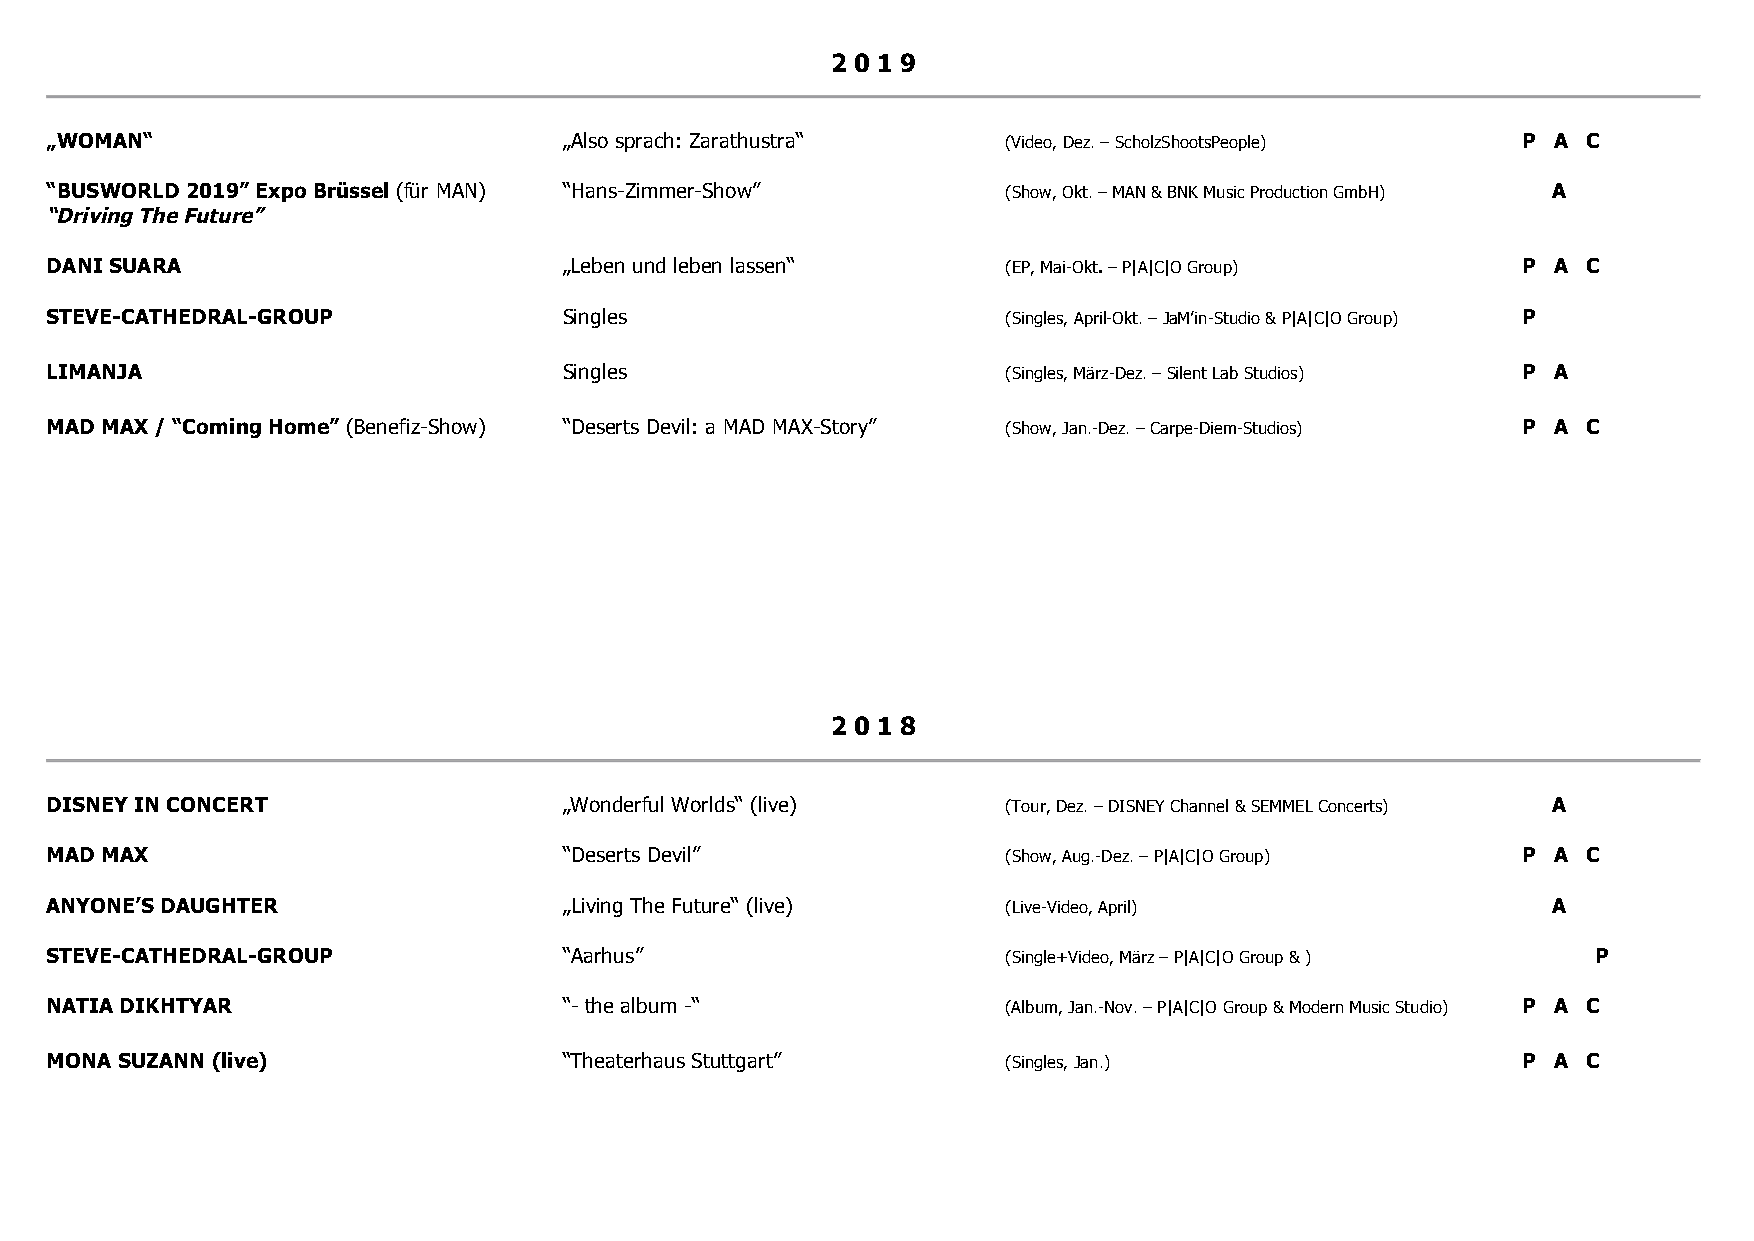
2 0 1 9
 „WOMAN“                           „Also sprach: Zarathustra“    (Video, Dez. – ScholzShootsPeople) P A C
 “BUSWORLD 2019” Expo Brüssel (für MAN) “Hans-Zimmer-Show”       (Show, Okt. – MAN & BNK Music Production GmbH) A
 “Driving The Future”
 DANI SUARA                        „Leben und leben lassen“      (EP, Mai-Okt. – P|A|C|O Group)    P A C
 STEVE-CATHEDRAL-GROUP             Singles                       (Singles, April-Okt. – JaM’in-Studio & P|A|C|O Group) P
 LIMANJA                           Singles                       (Singles, März-Dez. – Silent Lab Studios) P A
 MAD MAX / “Coming Home” (Benefiz-Show) “Deserts Devil: a MAD MAX-Story” (Show, Jan.-Dez. – Carpe-Diem-Studios) P A C
 2 0 1 8
 DISNEY IN CONCERT                 „Wonderful Worlds“ (live)     (Tour, Dez. – DISNEY Channel & SEMMEL Concerts) A
 MAD MAX                           “Deserts Devil”               (Show, Aug.-Dez. – P|A|C|O Group) P A C
 ANYONE’S DAUGHTER                 „Living The Future“ (live)    (Live-Video, April)                 A
 STEVE-CATHEDRAL-GROUP             “Aarhus”                      (Single+Video, März – P|A|C|O Group & ) P
 NATIA DIKHTYAR                    “- the album -“               (Album, Jan.-Nov. – P|A|C|O Group & Modern Music Studio) P A C
 MONA SUZANN (live)                “Theaterhaus Stuttgart”       (Singles, Jan.)                   P A C